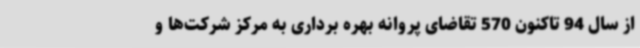
از سال 94 تاکنون 570 تقاضای پروانه بهره ‌برداری به مرکز شرکت‌ها و